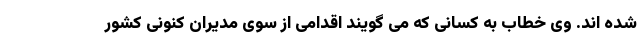
شده اند. وی خطاب به کسانی که می گویند اقدامی از سوی مدیران کنونی کشور